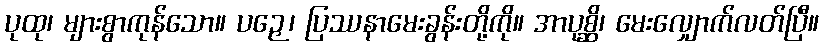
ပုထု၊ များစွာကုန်သော။ ပဉှေ၊ ပြဿနာမေးခွန်းတို့ကို။ အာပုစ္ဆိ၊ မေးလျှောက်လတ်ပြီ။